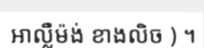
អាល្លឺម៉ង់ ខាងលិច ) ។